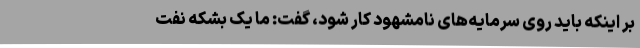
بر اینکه باید روی سرمایه‌های نامشهود کار شود، گفت: ما یک بشکه نفت